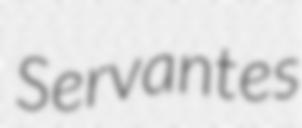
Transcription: Servantes